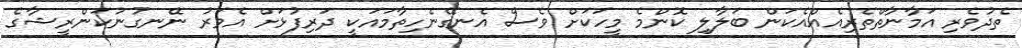
ތެދުވެރި އަމާނާތްތެރިއެއްއެކަން ބަލާލި ކޮންމެ މީހަކަށް ވެސް އެނގޭނެހިތާމައަކީ ދަރިފުޅަށް އެވަރު ނޭނގުނުކަންރީޝާގެ